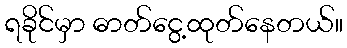
ရခိုင်မှာ ဓာတ်ငွေ့ထုတ်နေတယ်။